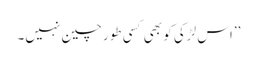
’’اس لڑکی کو بھی کسی طور چین نہیں۔